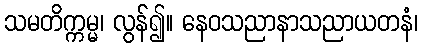
သမတိက္ကမ္မ၊ လွန်၍။ နေဝသညာနာသညာယတနံ၊